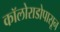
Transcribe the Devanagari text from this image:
कॉलोराडोपासून